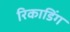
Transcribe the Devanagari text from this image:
रिकाडिंग